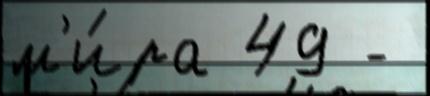
м'и́ра 49 -